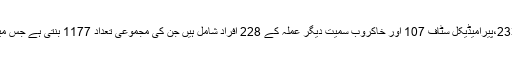
کورونا وائرس سے متاثر ہونے والے ڈاکٹرز کی تعداد 609، نرسز 233،پیرامیڈیکل سٹاف 107 اور خاکروب سمیت دیگر عملہ کے 228 افراد شامل ہیں جن کی مجموعی تعداد 1177 بنتی ہے جس میں سے 594ڈاکٹرز، نرسز اور پیرامیڈیکل سٹاف صحتیاب ہوچکا ہے۔